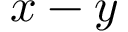
x - y